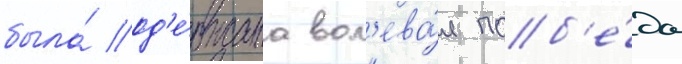
была́ од'е́ржана вол'ева́я поб'е́да